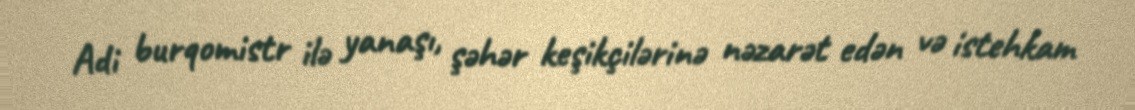
Adi burqomistr ilə yanaşı, şəhər keşikçilərinə nəzarət edən və istehkam